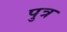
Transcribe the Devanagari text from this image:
पुत्र